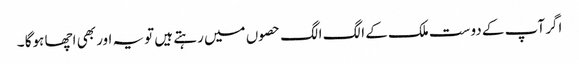
اگر آپ کے دوست ملک کے الگ الگ حصوں میں رہتے ہیں تویہ اور بھی اچھا ہوگا ۔